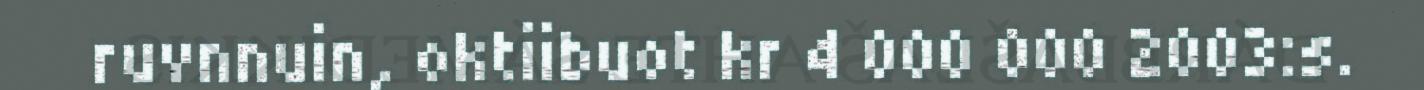
ruvnnuin, oktiibuot kr 4 000 000 2003:s.